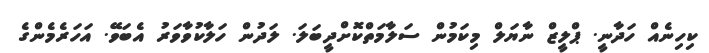
ކިހިނެއް ހަދާނީ. ޕްލީޒް ނާޔަލް މިކަމުން ސަލާމަތްކޮށްދީބަލަ. ލަދުން ހަލާކުވާވަރު އެބަވޭ. އަހަރެމެންގެ